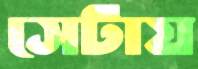
সেটায়